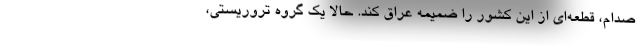
صدام، قطعه‌ای از این کشور را ضمیمه عراق کند. حالا یک گروه تروریستی،